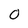
Character: 0